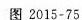
图2015-75